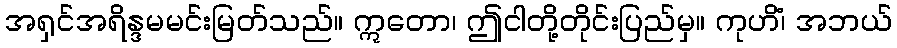
အရှင်အရိန္ဒမမင်းမြတ်သည်။ ဣတော၊ ဤငါတို့တိုင်းပြည်မှ။ ကုဟိံ၊ အဘယ်